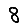
Digit: 8